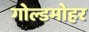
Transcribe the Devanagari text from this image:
गोल्डमोहर